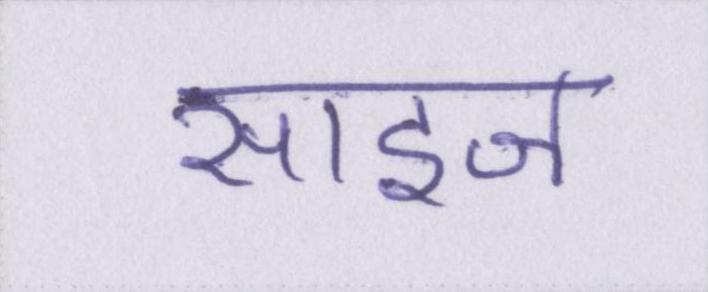
साइज